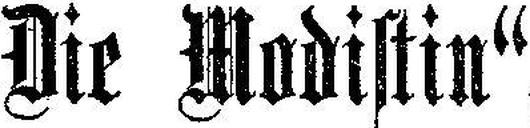
„Die Modistin“,